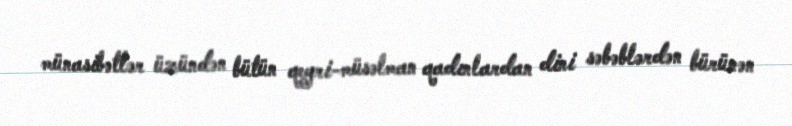
münasibətlər üzündən bütün qeyri-müsəlman qadınlardan dini səbəblərdən bürünən